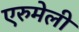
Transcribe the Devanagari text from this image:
एरुमेली